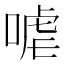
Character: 㖸